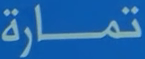
تمارَة